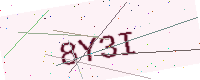
Text: 8Y3I